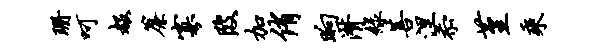
珊呵赧帘寡陂加侑晌潸绿菩涅忝堇乘